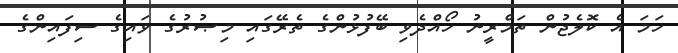
ހަމަ އެ ކޮލެޖުން ތަމްރީނު ހޯއްދެވި ބޭފުޅުންގެ ތެރޭގައި މިޞުރުގެ ވައިގެ ސިފައިންގެ